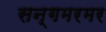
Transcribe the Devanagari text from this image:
सन्गमरमर